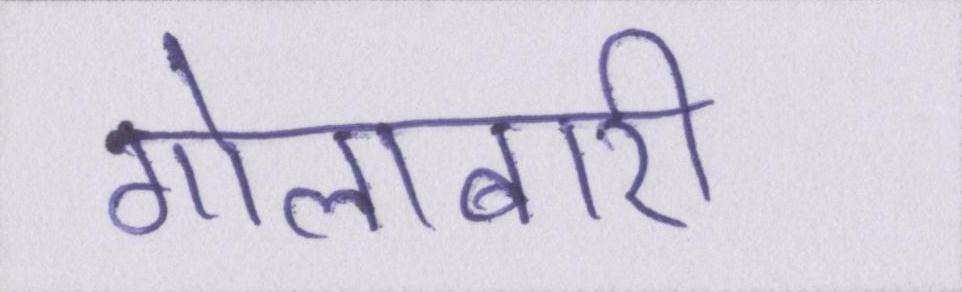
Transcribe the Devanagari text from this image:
गोलाबारी